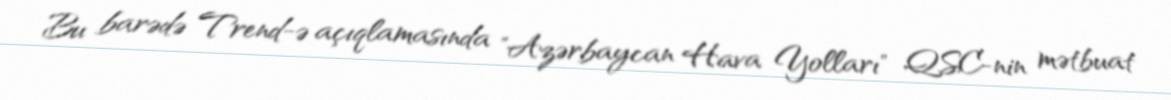
Bu barədə Trend-ə açıqlamasında "Azərbaycan Hava Yolları" QSC-nin mətbuat